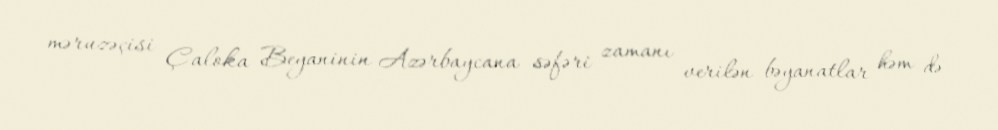
məruzəçisi Çaloka Beyaninin Azərbaycana səfəri zamanı verilən bəyanatlar həm də